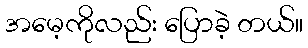
အမေ့ကိုလည်း ပြောခဲ့ တယ်။